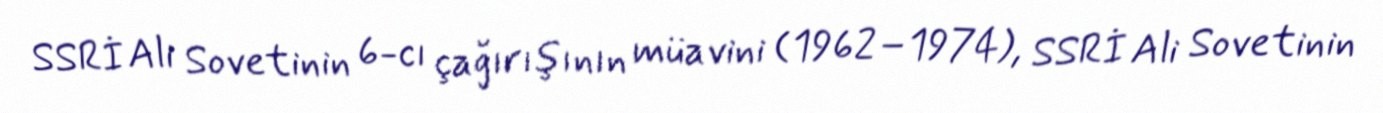
SSRİ Ali Sovetinin 6-cı çağırışının müavini (1962–1974), SSRİ Ali Sovetinin